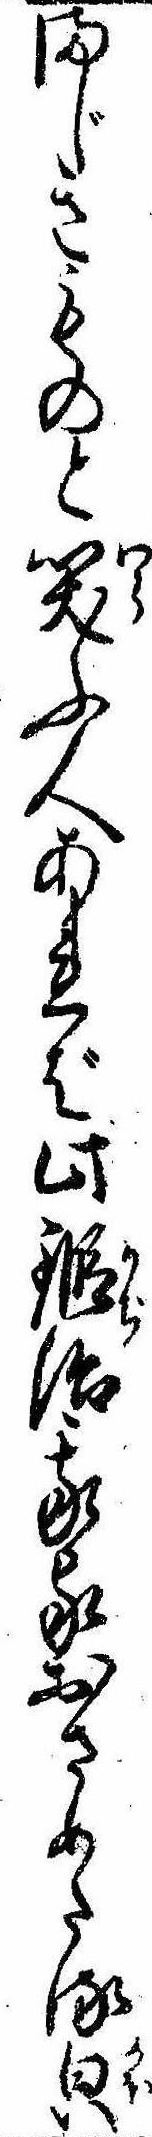
まじきものと笑ふ人あれば此鍛冶我家おさめたる㒵